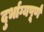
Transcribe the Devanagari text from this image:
दुर्भाग्यपू्‌र्ण